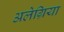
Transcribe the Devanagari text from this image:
अलेग्रिया